Code of medical and sanitary regulations for the guidance of medical officers serving in the Madras Presidency - Volume I
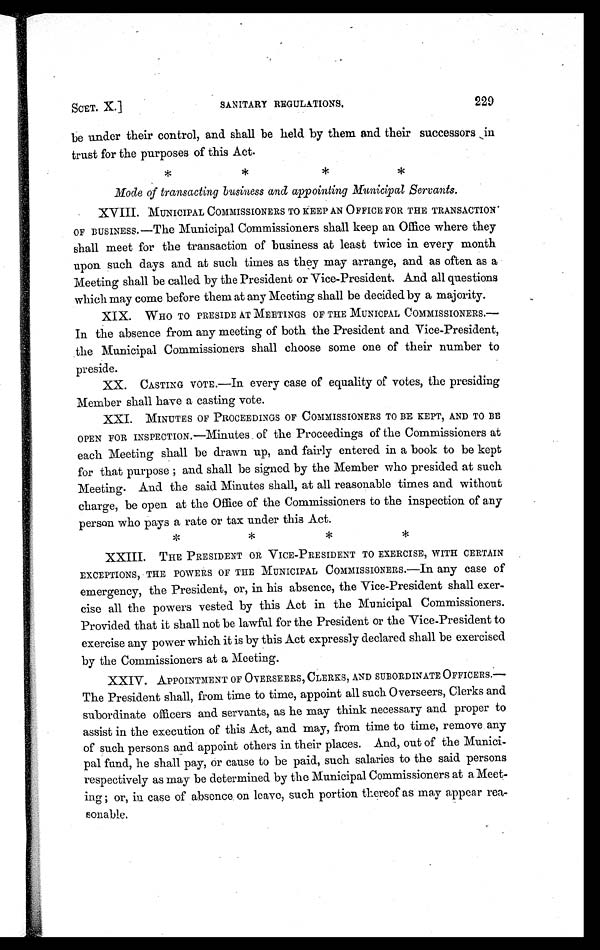
SCET. X.]
SANITARY REGULATIONS.
229
be under their control, and shall be held by them and their successors in
trust for the purposes of this Act.
*
*
*
*
Mode of transacting business and appointing Municipal Servants.
XVIII. MUNICIPAL COMMISSIONERS TO KEEP AN OFFICE FOR THE TRANSACTION
OF BUSINESS.—The Municipal Commissioners shall keep an Office where they
shall meet for the transaction of business at least twice in every month
upon such days and at such times as they may arrange, and as often as a
Meeting shall be called by the President or Vice-President. And all questions
which may come before them at any Meeting shall be decided by a majority.
XIX. WHO TO PRESIDE AT MEETINGS OF THE MUNICPAL COMMISSIONERS.
—In the absence from any meeting of both the President and Vice-President,
the Municipal Commissioners shall choose some one of their number to
preside.
XX. CASTING VOTE.—In every case of equality of votes, the presiding
Member shall have a casting vote.
XXI. MINUTES OF PROCEEDINGS OF COMMISSIONERS TO BE KEPT, AND TO BE
OPEN FOR INSPECTION.—Minutes of the Proceedings of the Commissioners at
each Meeting shall be drawn up, and fairly entered in a book to be kept
for that purpose ; and shall be signed by the Member who presided at such
Meeting. And the said Minutes shall, at all reasonable times and without
charge, be open at the Office of the Commissioners to the inspection of any
person who pays a rate or tax under this Act.
*
*
*
*
XXIII. THE PRESIDENT OR VICE-PRESIDENT TO EXERCISE, WITH CERTAIN
**********
EXCEPTIONS, THE POWERS OF THE MUNICIPAL COMMISSIONERS.—In any case of
emergency, the President, or, in his absence, the Vice-President shall exer-
cise all the powers vested by this Act in the Municipal Commissioners.
Provided that it shall not be lawful for the President or the Vice-President to
exercise any power which it is by this Act expressly declared shall be exercised
by the Commissioners at a Meeting.
XXIV. APPOINTMENT OF OVERSEERS, CLERKS, AND SUBORDINATE OFFICERS.
—The President shall, from time to time, appoint all such Overseers, Clerks and
subordinate officers and servants, as he may think necessary and proper to
assist in the execution of this Act, and may, from time to time, remove any
of such persons and appoint others in their places. And, out of the Munici-
pal fund, he shall pay, or cause to be paid, such salaries to the said persons
respectively as may be determined by the Municipal Commissioners at a Meet-
ing ; or, in case of absence on leave, such portion thereof as may appear rea-
sonable.